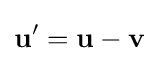
\mathbf {u} '=\mathbf {u} -\mathbf {v}